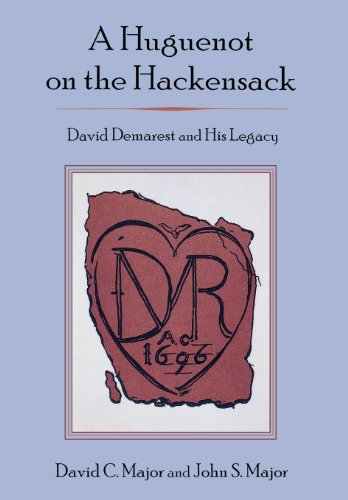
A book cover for A Huguenot on the Hackensack: David Demarest and His Legacy; DAVID C. MAJOR; History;